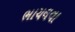
ભાચલવા